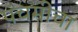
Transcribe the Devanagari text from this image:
पंचमीचा